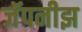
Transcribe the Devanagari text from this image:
जॅपनीझ